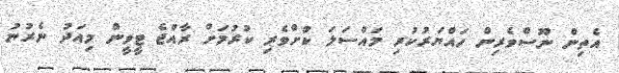
އެތިން ނޫސްވެރިން ހައްޔަރުކުރި މައްސަލަ ކުށްވެރި ކުރުމަށް ރާއްޖެ ޓީވީން މިއަދު ނެރުނު